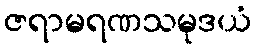
ဇရာမရဏသမုဒယံ